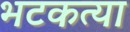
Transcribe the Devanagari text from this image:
भटकत्या